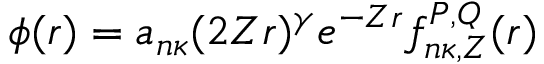
\phi ( r ) = a _ { n \kappa } ( 2 Z r ) ^ { \gamma } e ^ { - Z r } f _ { n \kappa , Z } ^ { P , Q } ( r )